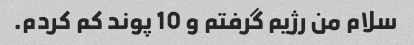
سلام من رژیم گرفتم و 10 پوند کم کردم.